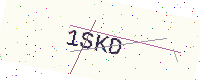
Text: 1SKD